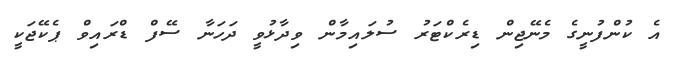
އެ ކުންފުނީގެ މެނޭޖިން ޑިރެކްޓަރު ސުލައިމާން ވިދާޅުވީ ދަހަނާ ސޭފް ޑްރައިވް ޕެކޭޖަކީ